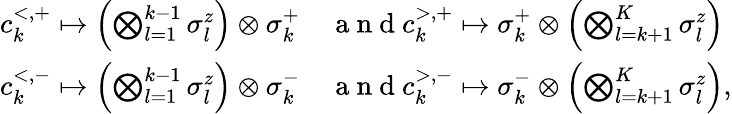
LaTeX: \begin{array}{rl}{c_{k}^{<,+}\mapsto\left(\bigotimes_{l=1}^{k-1}\sigma_{l}^{z}\right)\otimes\sigma_{k}^{+}}&{{}\mathrm{~a~n~d~}c_{k}^{>,+}\mapsto\sigma_{k}^{+}\otimes\left(\bigotimes_{l=k+1}^{K}\sigma_{l}^{z}\right)}\\ {c_{k}^{<,-}\mapsto\left(\bigotimes_{l=1}^{k-1}\sigma_{l}^{z}\right)\otimes\sigma_{k}^{-}}&{{}\mathrm{~a~n~d~}c_{k}^{>,-}\mapsto\sigma_{k}^{-}\otimes\left(\bigotimes_{l=k+1}^{K}\sigma_{l}^{z}\right),}\end{array}